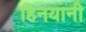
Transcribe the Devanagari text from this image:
हिनयानी